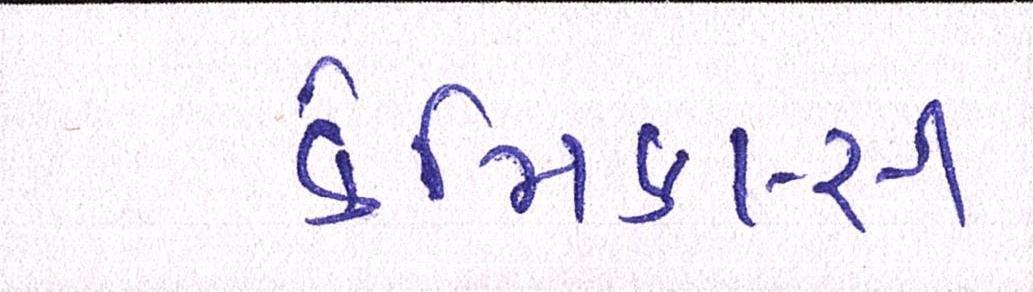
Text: કેમિકલ્સ